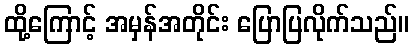
ထို့ကြောင့် အမှန်အတိုင်း ပြောပြလိုက်သည်။